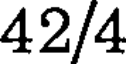
42/4